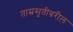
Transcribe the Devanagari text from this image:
ताम्रसृतीवरील